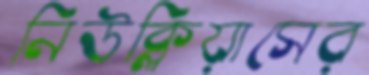
নিউক্লিয়াসের